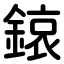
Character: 鎄